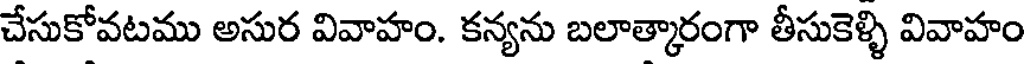
చేసుకోవటము అసుర వివాహం. కన్యను బలాత్కారంగా తీసుకెళ్ళి వివాహం